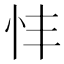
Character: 𢗒